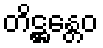
တိဋ္ဌန္တေဝ